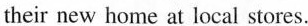
their new home at local stores.